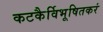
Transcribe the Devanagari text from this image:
कटकैर्विभूषितकरं